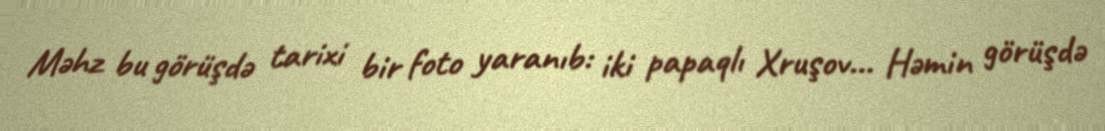
Məhz bu görüşdə tarixi bir foto yaranıb: iki papaqlı Xruşov... Həmin görüşdə